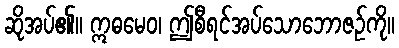
ဆိုအပ်၏။ ဣဓမေဝ၊ ဤစီရင်အပ်သောဘောဇဉ်ကို။